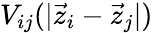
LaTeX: V_{ij}(|\vec{z}_{i}-\vec{z}_{j}|)